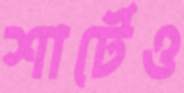
শার্টেও